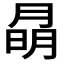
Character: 𭨽